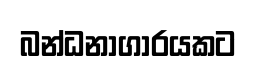
බන්ධනාගාරයකට